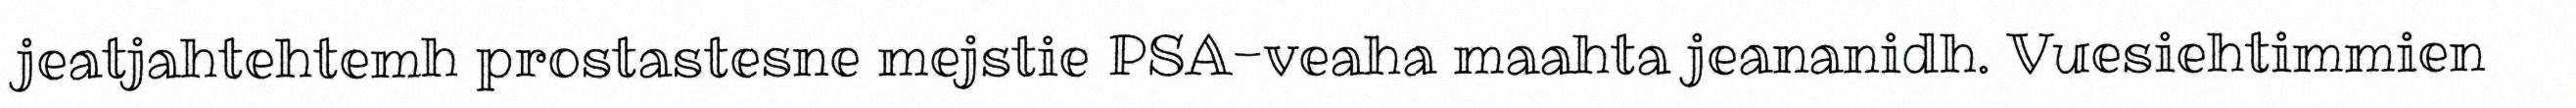
jeatjahtehtemh prostastesne mejstie PSA-veaha maahta jeananidh. Vuesiehtimmien